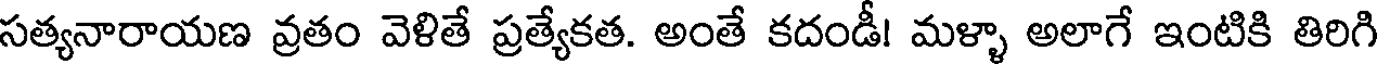
సత్యనారాయణ వ్రతం వెళితే ప్రత్యేకత. అంతే కదండీ! మళ్ళా అలాగే ఇంటికి తిరిగి